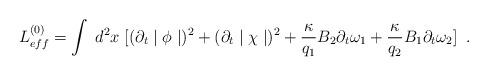
LaTeX: \begin{align*} L^{(0)}_{eff}=\int\;d^{2}x\; [(\partial_{t}\mid\phi\mid)^{2}+(\partial_{t}\mid\chi\mid)^{2}+ \frac{\kappa}{q_{1}}B_{2}\partial_{t}\omega_{1}+ \frac{\kappa}{q_{2}}B_{1}\partial_{t}\omega_{2}]\;\;.\end{align*}